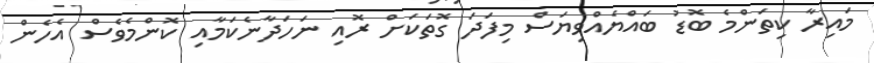
މައިރާ ކިތަންމެ ބޮޑު ބައްޔެއްވިޔަސް މިފަދަ ގޮތަކަށް ރޮއި ނަހަދާނެކަމާއި ކޮންމެވެސް އެހެން